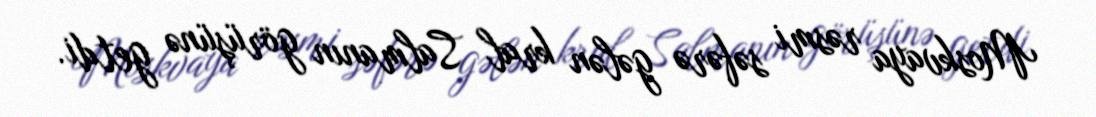
Moskvaya rəsmi səfərə gələn kral Salmanın görüşünə getdi.